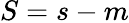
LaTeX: S=s-m